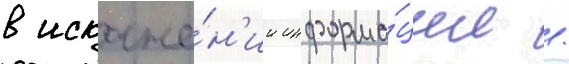
в искаже́н'ии информа́ции /